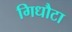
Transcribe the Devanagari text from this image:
गिधौटा